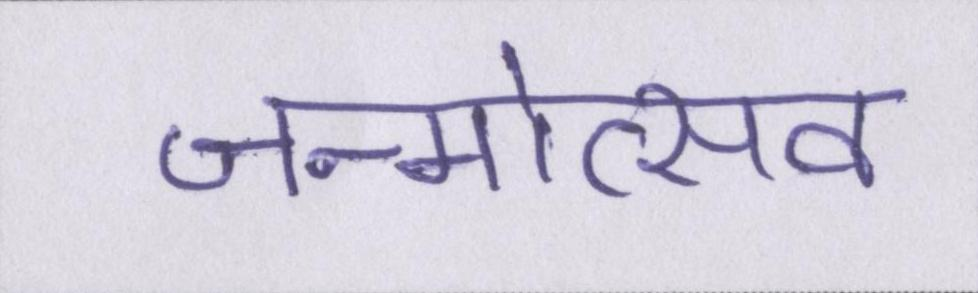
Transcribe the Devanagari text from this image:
जन्मोत्सव